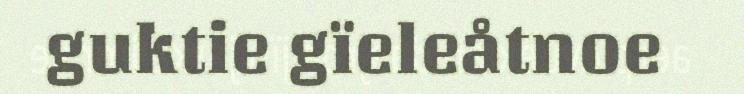
guktie gïeleåtnoe